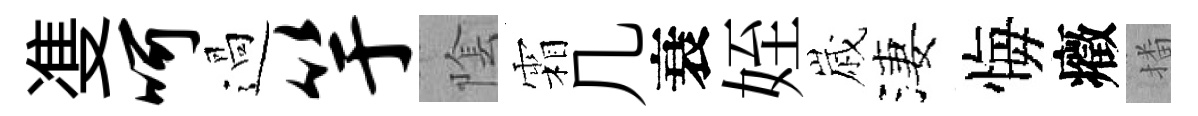
㕠呵過竽隂霜几衰姪𡻕淒悔癥播